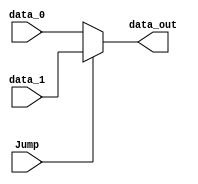
module Mux7(data_out, data_0, data_1, Jump);

input 	[31:0] data_0;
input 	[31:0] data_1;
input	Jump;

output	[31:0] data_out;

assign  	data_out = (Jump)?	data_1 : data_0;

endmodule